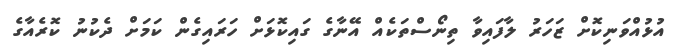
އުޅުއްވަނިކޮށް ޒަހަރު ލާފައިވާ ތިނޯސްތަކެއް އޭނާގެ ގައިކޮޅަށް ހަރައިގެން ކަމަށް ދެކުނު ކޮރެއާގެ